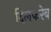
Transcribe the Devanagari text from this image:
दिलफरेब